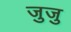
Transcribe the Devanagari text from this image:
जुजु